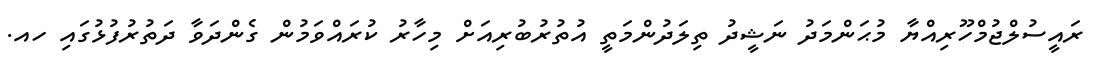
ރައީސުލްޖުމްހޫރިއްޔާ މުޙަންމަދު ނަޝީދު ތިލަދުންމަތީ އުތުރުބުރިއަށް މިހާރު ކުރައްވަމުން ގެންދަވާ ދަތުރުފުޅުގައި ހއ.